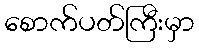
စောက်ပတ်ကြီးမှာ